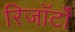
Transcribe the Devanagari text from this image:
रिजॉर्टों